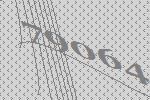
79064